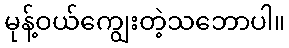
မုန့်ဝယ်ကျွေးတဲ့သဘောပါ။